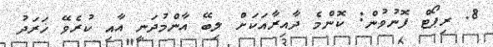
8. ރިޕޯޓް ފޮނުވުން: ކޮންމެ ދާއިރާއަކަށް ލިބޭ އާންމުދަނީ އާއި ކުރެވޭ ޚަރަދު